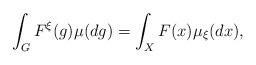
LaTeX: \begin{align*} \int_{G}F^{\xi}(g)\mu(dg) = \int_{X}F(x)\mu_{\xi}(dx),\end{align*}